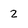
Character: 2